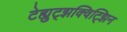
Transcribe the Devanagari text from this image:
टेह्युट्झक्विट्झिन